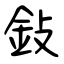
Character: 鈙